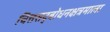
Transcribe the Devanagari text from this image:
चित्तसद्‍बोधनक्षत्रमाला